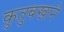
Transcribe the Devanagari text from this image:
कुतुबखाने